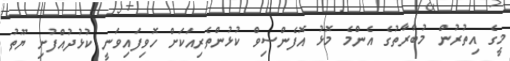
މީގެ އިތުރުން މުބާރާތުގެ އެންމެ މޮޅު އޮފެންސިވް ކުޅުންތެރިއަކަށް ހޮވިފައިވަނީ ކުޅުދުއްފުށި ޔޫތު